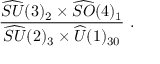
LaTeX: \frac { \widehat { S U } ( 3 ) _ { 2 } \times \widehat { S O } ( 4 ) _ { 1 } } { \widehat { S U } ( 2 ) _ { 3 } \times \widehat { U } ( 1 ) _ { 3 0 } } ~ .